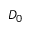
D _ { 0 }